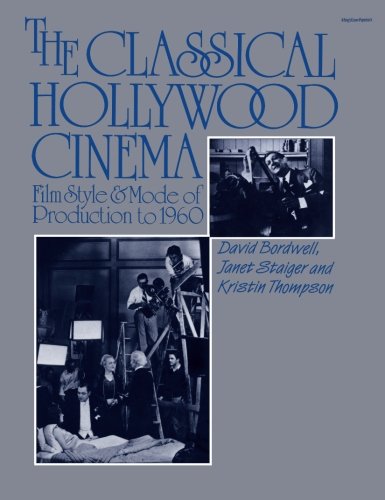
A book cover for The Classical Hollywood Cinema: Film Style & Mode of Production to 1960; David Bordwell; Humor & Entertainment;